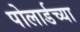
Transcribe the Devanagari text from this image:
पोलार्डच्या